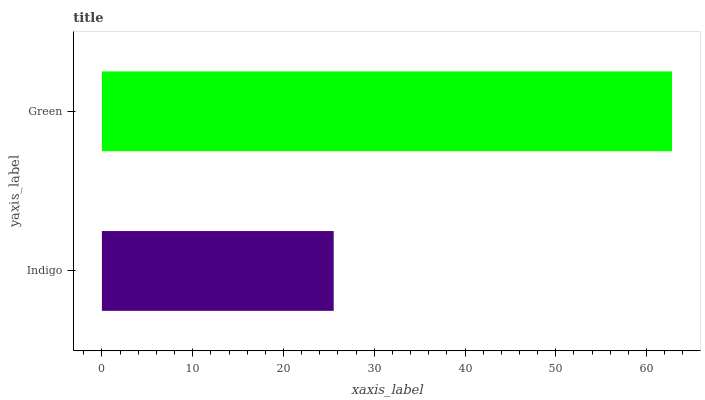
| yaxis_label | bars |
 | --- | --- |
 | Indigo | 25.5 |
 | Green | 62.8 |